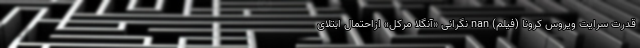
قدرت سرایت ویروس کرونا (فیلم) nan نگرانی «آنگلا مرکل» ازاحتمال ابتلای